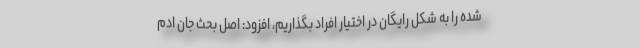
شده را به شکل رایگان در اختیار افراد بگذاریم، افزود: اصل بحث جان ادم